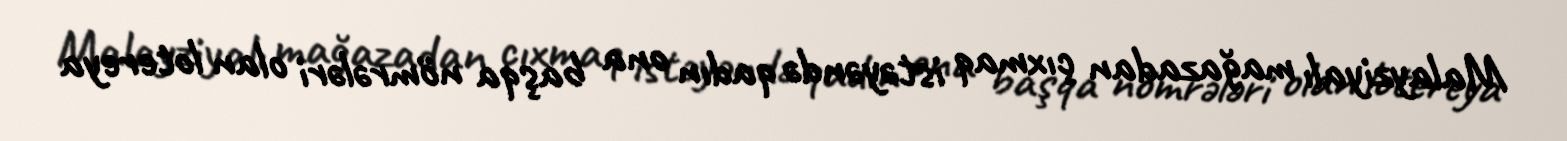
Malayziyalı mağazadan çıxmaq istəyəndə qadın ona başqa nömrələri olan lotereya